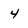
Character: 4